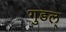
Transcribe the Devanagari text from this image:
गुडल्